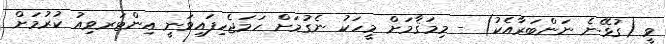
ވީ (ގުޅޭނެ ނަންބަރާއެކު) - މިމަޤާމަށް މީހަކު ނެގުމަށް ހަމަޖެހިފައިވަނީ އިންޓަރވިއު ކުރުމަށް